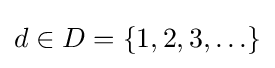
d\in D=\{1,2,3,\ldots \}